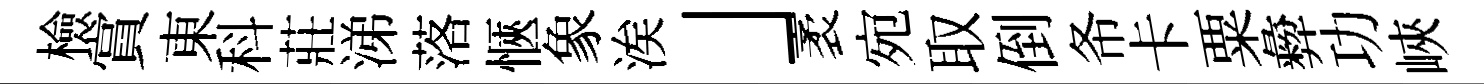
檢賞東科莊涕落愜象涘」袤宛取倒𢁙卡粟彜功峽